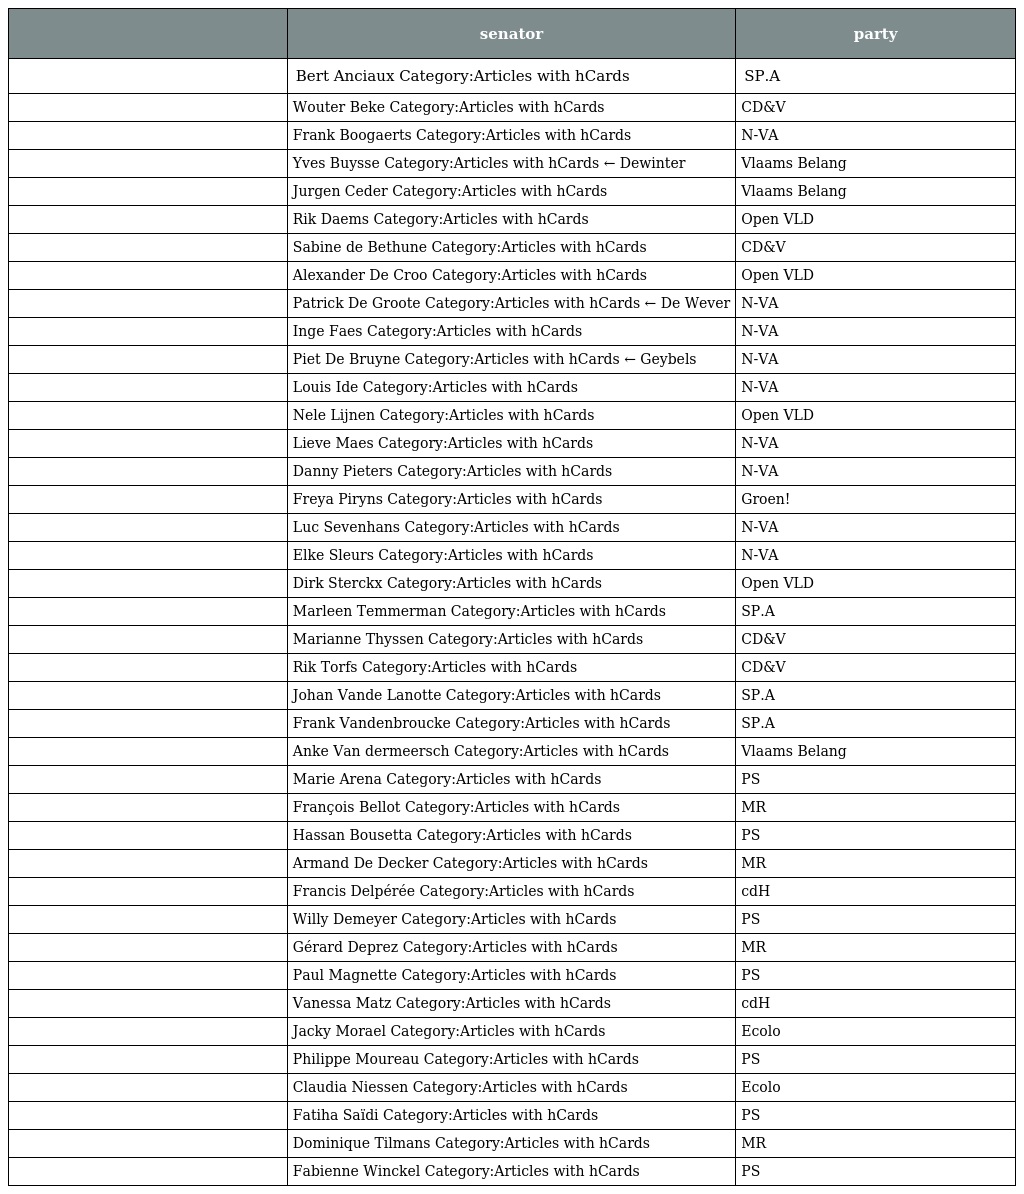
|  | senator | party |
 | --- | --- | --- |
 |  | Bert Anciaux Category:Articles with hCards | SP.A |
 |  | Wouter Beke Category:Articles with hCards | CD&V |
 |  | Frank Boogaerts Category:Articles with hCards | N-VA |
 |  | Yves Buysse Category:Articles with hCards ← Dewinter | Vlaams Belang |
 |  | Jurgen Ceder Category:Articles with hCards | Vlaams Belang |
 |  | Rik Daems Category:Articles with hCards | Open VLD |
 |  | Sabine de Bethune Category:Articles with hCards | CD&V |
 |  | Alexander De Croo Category:Articles with hCards | Open VLD |
 |  | Patrick De Groote Category:Articles with hCards ← De Wever | N-VA |
 |  | Inge Faes Category:Articles with hCards | N-VA |
 |  | Piet De Bruyne Category:Articles with hCards ← Geybels | N-VA |
 |  | Louis Ide Category:Articles with hCards | N-VA |
 |  | Nele Lijnen Category:Articles with hCards | Open VLD |
 |  | Lieve Maes Category:Articles with hCards | N-VA |
 |  | Danny Pieters Category:Articles with hCards | N-VA |
 |  | Freya Piryns Category:Articles with hCards | Groen! |
 |  | Luc Sevenhans Category:Articles with hCards | N-VA |
 |  | Elke Sleurs Category:Articles with hCards | N-VA |
 |  | Dirk Sterckx Category:Articles with hCards | Open VLD |
 |  | Marleen Temmerman Category:Articles with hCards | SP.A |
 |  | Marianne Thyssen Category:Articles with hCards | CD&V |
 |  | Rik Torfs Category:Articles with hCards | CD&V |
 |  | Johan Vande Lanotte Category:Articles with hCards | SP.A |
 |  | Frank Vandenbroucke Category:Articles with hCards | SP.A |
 |  | Anke Van dermeersch Category:Articles with hCards | Vlaams Belang |
 |  | Marie Arena Category:Articles with hCards | PS |
 |  | François Bellot Category:Articles with hCards | MR |
 |  | Hassan Bousetta Category:Articles with hCards | PS |
 |  | Armand De Decker Category:Articles with hCards | MR |
 |  | Francis Delpérée Category:Articles with hCards | cdH |
 |  | Willy Demeyer Category:Articles with hCards | PS |
 |  | Gérard Deprez Category:Articles with hCards | MR |
 |  | Paul Magnette Category:Articles with hCards | PS |
 |  | Vanessa Matz Category:Articles with hCards | cdH |
 |  | Jacky Morael Category:Articles with hCards | Ecolo |
 |  | Philippe Moureau Category:Articles with hCards | PS |
 |  | Claudia Niessen Category:Articles with hCards | Ecolo |
 |  | Fatiha Saïdi Category:Articles with hCards | PS |
 |  | Dominique Tilmans Category:Articles with hCards | MR |
 |  | Fabienne Winckel Category:Articles with hCards | PS |